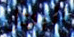
الرجل